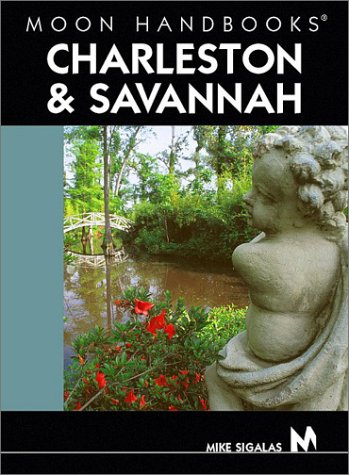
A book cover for Moon Handbooks Charleston and Savannah; Mike Sigalas; Travel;